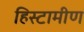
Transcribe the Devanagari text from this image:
हिस्टामीण